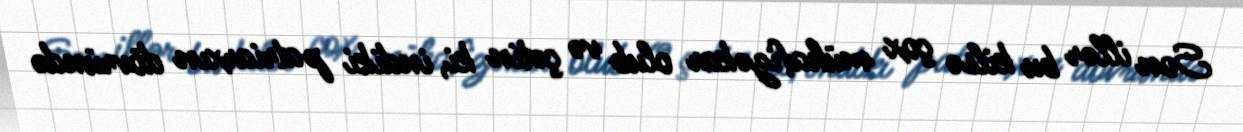
Son illər bu kilsə çox mühafizəkar olub və çətin ki, indiki patriarxın dövründə